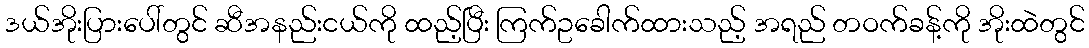
ဒယ်အိုးပြားပေါ်တွင် ဆီအနည်းငယ်ကို ထည့်ပြီး ကြက်ဥခေါက်ထားသည့် အရည် တဝက်ခန့်ကို အိုးထဲတွင်